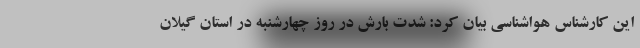
این کارشناس هواشناسی بیان کرد: شدت بارش در روز چهارشنبه در استان گیلان